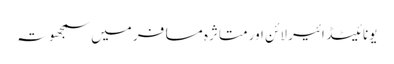
یونائیٹڈ ائیر لائن اور متاثرہ مسافر میں سمجھوتہ